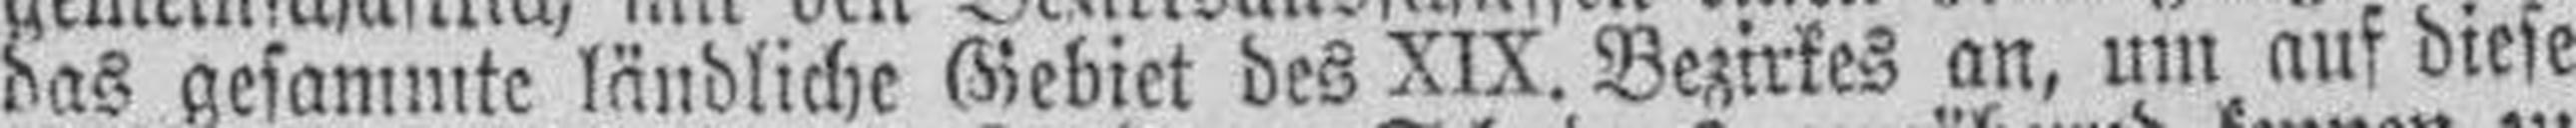
das gesammte ländliche Gebiet des XIX. Bezirkes an, um auf diese